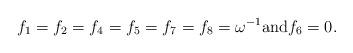
LaTeX: \begin{align*}f_1=f_2=f_4=f_5=f_7=f_8=\omega^{-1} \mbox{and} f_6=0.\end{align*}